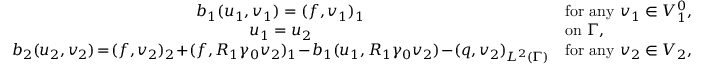
\begin{array} { c l } { b _ { 1 } ( u _ { 1 } , v _ { 1 } ) = ( f , v _ { 1 } ) _ { 1 } } & { \mathrm { f o r ~ a n y } \ v _ { 1 } \in V _ { 1 } ^ { 0 } , } \\ { u _ { 1 } = u _ { 2 } } & { \mathrm { o n } \ \Gamma , } \\ { b _ { 2 } ( u _ { 2 } , v _ { 2 } ) \! = \! ( f , v _ { 2 } ) _ { 2 } \! + \! ( f , R _ { 1 } \gamma _ { 0 } v _ { 2 } ) _ { 1 } \! - \! b _ { 1 } ( u _ { 1 } , R _ { 1 } \gamma _ { 0 } v _ { 2 } ) \! - \! ( q , v _ { 2 } ) _ { L ^ { 2 } ( \Gamma ) } } & { \mathrm { f o r ~ a n y } \ v _ { 2 } \in V _ { 2 } , } \end{array}